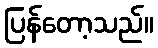
ပြန်တော့သည်။